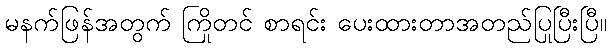
မနက်ဖြန်အတွက် ကြိုတင် စာရင်း ပေးထားတာအတည်ပြုပြီးပြီ။